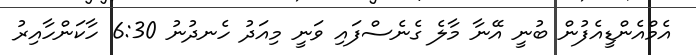
އެމްއެންޑީއެފުން ބުނީ އޭނާ މާލެ ގެނެސްފައި ވަނީ މިއަދު ހެނދުނު 6:30 ހާކަންހާއިރު